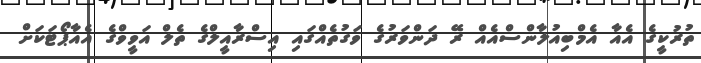
ތުރުކީގެ އެއާ އެމްބިއުލާންސްއެއް ރޭ ދަންވަރުގެ ވަގުތެއްގައި އިސްރާއީލްގެ ތެލް އަވީވްގެ އެއާޕޯޓަކަށް